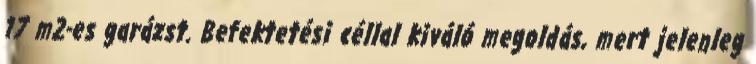
17 m2-es garázst. Befektetési céllal kiváló megoldás, mert jelenleg